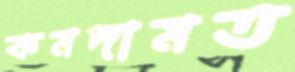
কমদামত